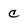
Character: c